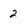
Character: 2